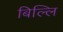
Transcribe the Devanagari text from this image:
बिल्लि